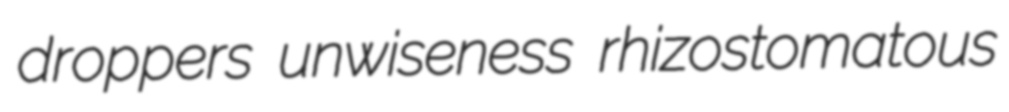
droppers unwiseness rhizostomatous